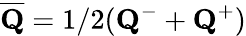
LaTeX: \overline{{{\mathbf Q}}}=1/2({\mathbf Q}^{-}+{\mathbf Q}^{+})